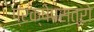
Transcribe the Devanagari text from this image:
प्रक्षेपस्त्रो